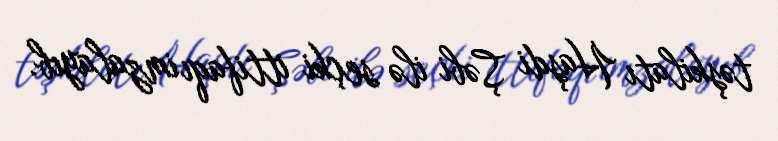
təşkilatı Haşdi Şəbi ilə seçki ittifaqı imzalayıb.